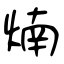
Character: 煵